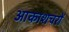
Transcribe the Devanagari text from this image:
आकाशचरों